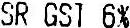
SR GST 6%